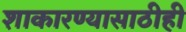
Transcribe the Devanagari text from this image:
शाकारण्यासाठीही